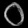
Digit: ၀